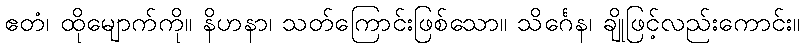
ဧတံ၊ ထိုမျောက်ကို။ နိဟနာ၊ သတ်ကြောင်းဖြစ်သော။ သိင်္ဂေန၊ ချိုဖြင့်လည်းကောင်း။